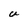
Character: U